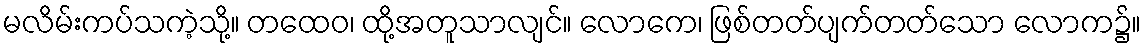
မလိမ်းကပ်သကဲ့သို့။ တထေဝ၊ ထို့အတူသာလျင်။ လောကေ၊ ဖြစ်တတ်ပျက်တတ်သော လောက၌။